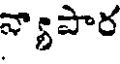
వ్యాపార